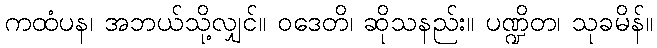
ကထံပန၊ အဘယ်သို့လျှင်။ ဝဒေတိ၊ ဆိုသနည်း။ ပဏ္ဍိတ၊ သုခမိန်။